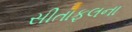
સીતાફલના